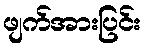
ဖျက်အားပြင်း